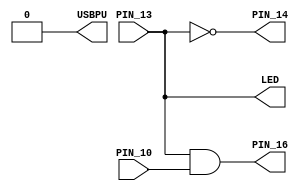

// busca en el archivo PINS.PCF todos los nombres de los pines
// pullup en PIN_13
// pullup en PIN_10

// circuito: 
// pushbuttons en pines 10 y 13
// LEDS en 14 y 16

module top (
	input PIN_13, PIN_10,
	output PIN_14, PIN_16,
    output LED,   // User/boot LED next to power LED
    output USBPU  // USB pull-up resistor
);
    // drive USB pull-up resistor to '0' to disable USB
    assign USBPU = 0;
	
	assign LED = PIN_13;
	assign PIN_14 = ~PIN_13;
	assign PIN_16 = PIN_13 & PIN_10;
	
endmodule